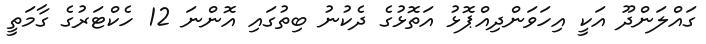
ގައްލަންދޫ އަކީ އިހަވަންދިއްޕޮޅު އަތޮޅުގެ ދެކުނު ބިތުގައި އޮންނަ 12 ހެކްޓަރުގެ ގާމަތީ